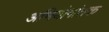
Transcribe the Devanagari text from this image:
अभियोगांतक